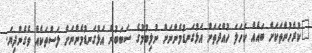
"ކުރެހުންތަކަށް ބައެއް ކަހަލަ ހުއްދަތަށް އަޅުގަނޑުމެންނަށް ނުލިބުމުގެ ސަބަބުން އަޅުގަނޑުމެންނަށް ލަސްތަކެއް ވެގެންދިޔަ.